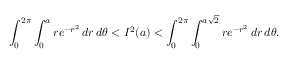
\int _ { 0 } ^ { 2 \pi } \int _ { 0 } ^ { a } r e ^ { - r ^ { 2 } } \, d r \, d \theta < I ^ { 2 } ( a ) < \int _ { 0 } ^ { 2 \pi } \int _ { 0 } ^ { a { \sqrt { 2 } } } r e ^ { - r ^ { 2 } } \, d r \, d \theta .